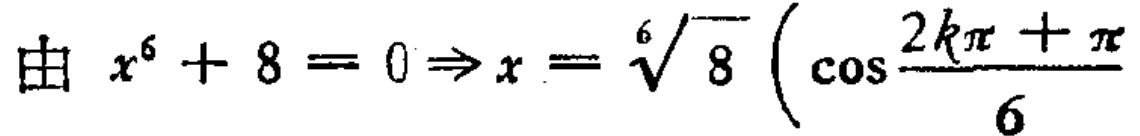
由 \(x^{6}+8 = 0\Rightarrow x=\sqrt[6]{8}\left(\cos\frac{2k\pi+\pi}{6}\right.\)